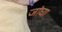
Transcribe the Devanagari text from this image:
जांघा